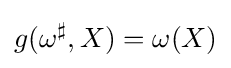
g(\omega ^{\sharp },X)=\omega (X)